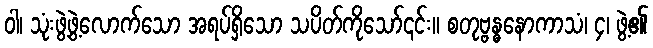
ဝါ၊ သုံးဖွဲ့ဖွဲ့လောက်သော အရပ်ရှိသော သပိတ်ကိုသော်၎င်း။ စတုဗ္ဗန္ဓနောကာသံ၊ ၄၊ ဖွဲ့၏